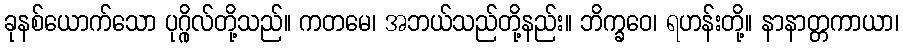
ခုနစ်ယောက်သော ပုဂ္ဂိုလ်တို့သည်။ ကတမေ၊ အဘယ်သည်တို့နည်း။ ဘိက္ခဝေ၊ ရဟန်းတို့။ နာနာတ္တကာယာ၊